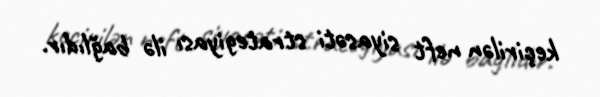
keçirilən neft siyasəti strategiyası ilə bağlıdır.